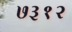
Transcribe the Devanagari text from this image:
७३१२